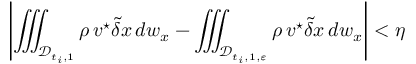
\left| \iiint _ { { \mathcal D } _ { t _ { i } , 1 } } \rho \, { \boldsymbol v } ^ { \star } \tilde { \delta } \boldsymbol { x } \, d w _ { x } - \iiint _ { { \mathcal D } _ { t _ { i } , 1 , \varepsilon } } \rho \, { \boldsymbol v } ^ { \star } \tilde { \delta } \boldsymbol { x } \, d w _ { x } \right| < \eta